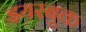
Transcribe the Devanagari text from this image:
इयरबूक